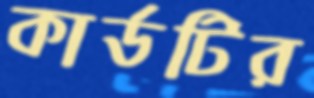
কার্ডটির